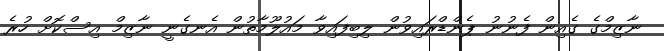
ނާޒިމްގެ ގެއިން ފެނުނު ޕެންޑްރައިވުން ލިބިފައިވާ މައުލޫމާތުން އެނގެނީ ނާޒިމް އިސްކޮށް ހުރެ